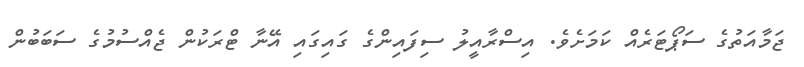
ޖަމާއަތުގެ ސަޕޯޓަރެއް ކަމަށެވެ. އިސްރާއީލު ސިފައިންގެ ގައިގައި އޭނާ ޓްރަކުން ޖެއްސުމުގެ ސަބަބުން